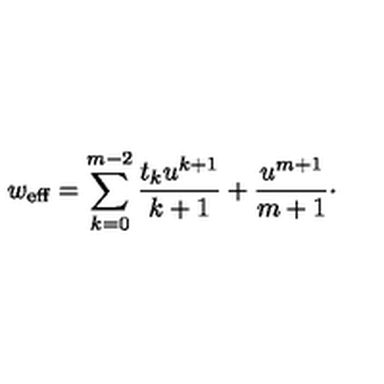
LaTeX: w _ { \mathrm { e f f } } = \sum _ { k = 0 } ^ { m - 2 } { \frac { t _ { k } u ^ { k + 1 } } { k + 1 } } + { \frac { u ^ { m + 1 } } { m + 1 } } \cdotp